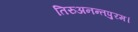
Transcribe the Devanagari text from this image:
तिरुअनन्तपुरम।